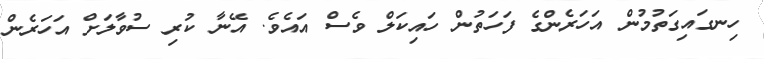
ހިނގައިގަތުމުން އަހަރެންގެ ފަހަތުން ހައިކަލް ވެސް އައެވެ. އޭނާ ކުރި ސުވާލަށް އަހަރެން